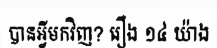
បានអ្វីមកវិញ? រឿង ១៤ យ៉ាង